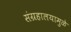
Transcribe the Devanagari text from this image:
संग्रहालयामुळे